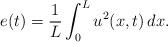
LaTeX: \begin{align*}e(t)=\frac{1}{L} \int_0^{L} u^2(x,t)\,dx. \end{align*}